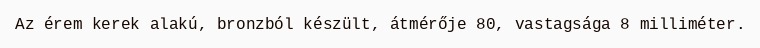
Az érem kerek alakú, bronzból készült, átmérője 80, vastagsága 8 milliméter.